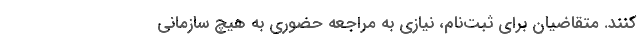
کنند. متقاضیان برای ثبت‌نام، نیازی به مراجعه حضوری به هیچ سازمانی